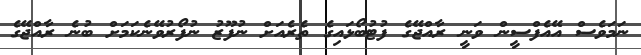
ނަމަވެސް އޭއެފްސީން ވަނީ ރާއްޖޭގެ ފުޓުބޯޅައިގެ ތެރެއަށް ނުފޫޒު ނުފޯރުވޭނެކަމަށް ބުނެ ރާއްޖޭގެ